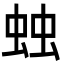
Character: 䖵